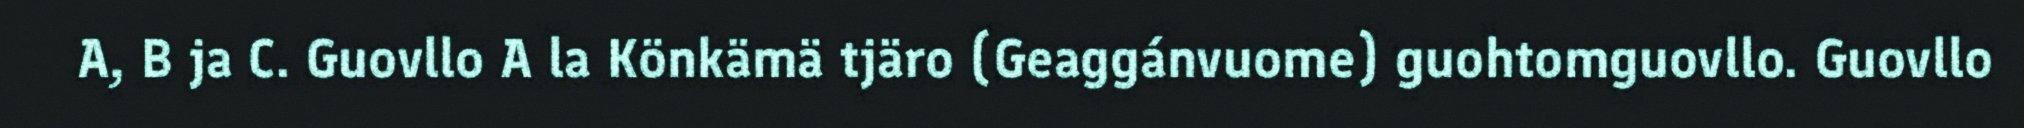
A, B ja C. Guovllo A la Könkämä tjäro (Geaggánvuome) guohtomguovllo. Guovllo